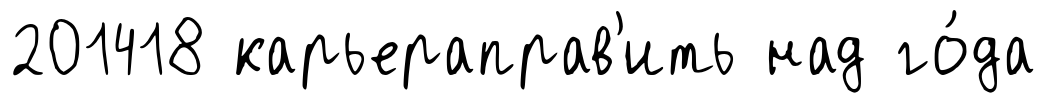
201418 карьераправ'ить над го́да